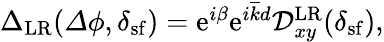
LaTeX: \begin{array}{r}{{\Delta}_{\mathrm{LR}}({\mathit\Delta\phi},\delta_{\mathrm{sf}})=\mathrm{e}^{i\beta}\mathrm{e}^{i\overline{{k}}d}\mathcal{D}_{xy}^{\mathrm{LR}}(\delta_{\mathrm{sf}}),}\end{array}